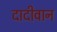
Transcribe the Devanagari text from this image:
दादीवान